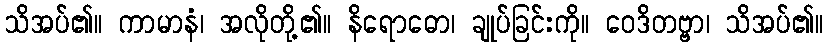
သိအပ်၏။ ကာမာနံ၊ အလိုတို့၏။ နိရောဓော၊ ချုပ်ခြင်းကို။ ဝေဒိတဗ္ဗာ၊ သိအပ်၏။